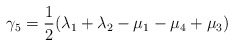
\begin{align*}\gamma_5 = \frac{1}{2}(\lambda_1+\lambda_2-\mu_1-\mu_4+\mu_3)\end{align*}